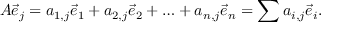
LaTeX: A { \vec { e } } _ { j } = a _ { 1 , j } { \vec { e } } _ { 1 } + a _ { 2 , j } { \vec { e } } _ { 2 } + \ldots + a _ { n , j } { \vec { e } } _ { n } = \sum a _ { i , j } { \vec { e } } _ { i } .